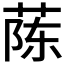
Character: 𫈟